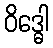
ဝိဒ္ဓေါ